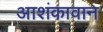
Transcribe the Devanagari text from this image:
आशंकावान